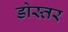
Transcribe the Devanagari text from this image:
डोस्तर